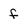
Character: f